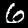
Digit: 6